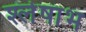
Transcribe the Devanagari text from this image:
श्लेषाभ